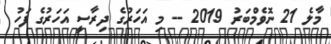
މާލެ 21 ނޮވެމްބަރު 2019 -- މި އަހަރުގެ ދިރާސީ އަހަރުގެ ފަހު